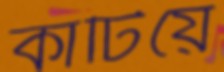
কাটিয়ে